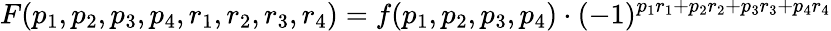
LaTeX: F(p_{1},p_{2},p_{3},p_{4},r_{1},r_{2},r_{3},r_{4})=f(p_{1},p_{2},p_{3},p_{4})\cdot(-1)^{p_{1}r_{1}+p_{2}r_{2}+p_{3}r_{3}+p_{4}r_{4}}